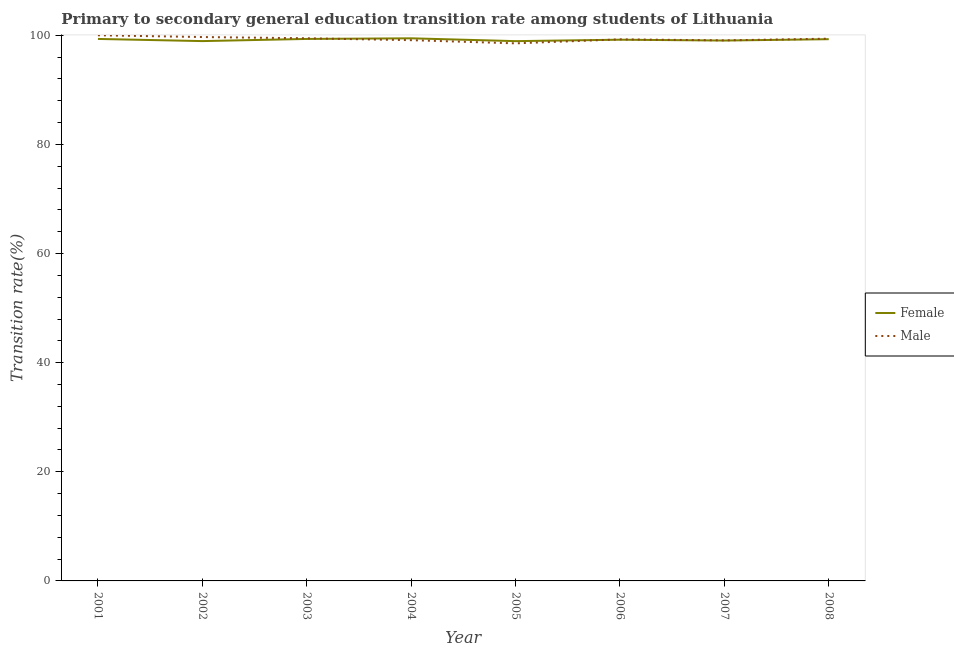
| Year | Female | Male |
 | --- | --- | --- |
 | 2001 | 99.3 | 100 |
 | 2002 | 98.9 | 99.7 |
 | 2003 | 99.3 | 99.4 |
 | 2004 | 99.4 | 99.1 |
 | 2005 | 98.9 | 98.5 |
 | 2006 | 99.2 | 99.3 |
 | 2007 | 99 | 99.1 |
 | 2008 | 99.3 | 99.4 |